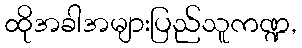
ထိုအခါအများပြည်သူကဏ္ဍ,